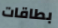
بطاقات